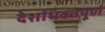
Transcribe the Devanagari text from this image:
देशभिक्तपूर्ण